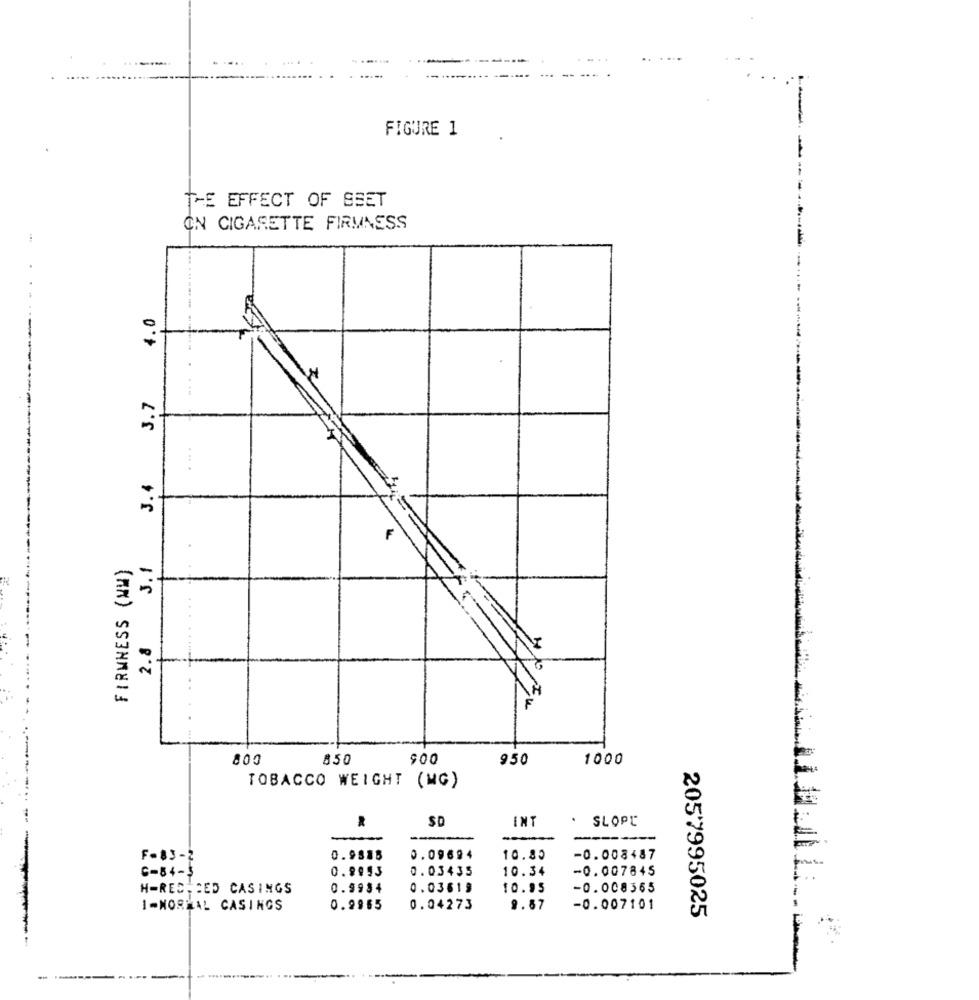
...
-
FIGURE 1
THE EFFECT OF SEET
ON CIGARETTE FIRMNESS
-----------
...
-------
4.0
3.7
3.4
FIRMNESS (NM)
3.1
2.8
800
850
900
950
1000
TOBACCO WEIGHT (MG)
SD
INT
. SLOPE
-
F-83-2
0.9885
0.09694
10.85
-0.008487
6-84-$
0.9953
0.03435
10.34
-0.007845
---
H-RES-CED CASINGS
0.9934
0.03613
10.95
-0.008365
1-NORMAL CASINGS
0.9965
0.04273
9.87
-0.007101
2057995025
-----